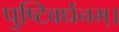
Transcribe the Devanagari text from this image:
पुष्टिवर्धनम्।